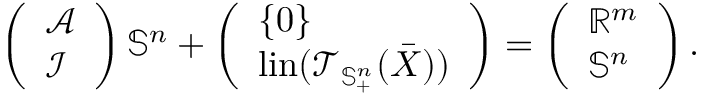
\left( \begin{array} { l } { \mathcal { A } } \\ { \mathcal { I } } \end{array} \right) \mathbb { S } ^ { n } + \left( \begin{array} { l } { \{ 0 \} } \\ { \mathrm { l i n } ( \mathcal { T } _ { \mathbb { S } _ { + } ^ { n } } ( \bar { X } ) ) } \end{array} \right) = \left( \begin{array} { l } { \mathbb { R } ^ { m } } \\ { \mathbb { S } ^ { n } } \end{array} \right) .